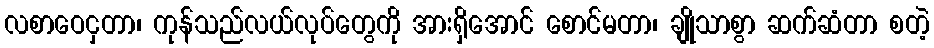
လစာဝေငှတာ၊ ကုန်သည်လယ်လုပ်တွေကို အားရှိအောင် စောင်မတာ၊ ချိုသာစွာ ဆက်ဆံတာ စတဲ့